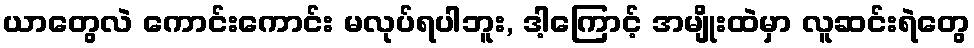
ယာတွေလဲ ကောင်းကောင်း မလုပ်ရပါဘူး, ဒါ့ကြောင့် အမျိုးထဲမှာ လူဆင်းရဲတွေ